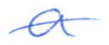
Text: a
Cross-out: single-line
Writing tool: ballpoint